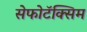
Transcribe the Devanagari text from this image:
सेफोटॅक्सिम